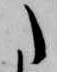
た